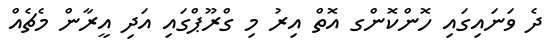
ދެ ވަނައިގައި ހޮންކޮންގ އޮތް އިރު މި ގްރޫޕްގައި އަދި އީރާން މެޗެއް